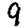
Digit: 9